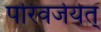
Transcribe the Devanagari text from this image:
परिवर्जयेत्